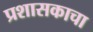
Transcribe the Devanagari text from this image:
प्रशासकाचा